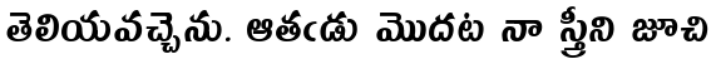
తెలియవచ్చెను. ఆతఁడు మొదట నా స్త్రీని జూచి